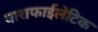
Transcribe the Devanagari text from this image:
पाराफाईलेटिक